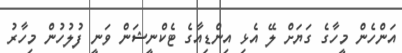
އަންހެން މީހާގެ ގަޔަށް ލޭ އެޅި އިންޑިއާގެ ޓެކްނީޝަން ވަނީ ފުލުހުން މިހާރު